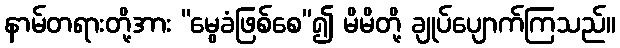
နာမ်တရားတို့အား “မွေခံဖြစ်စေ”၍ မိမိတို့ ချုပ်ပျောက်ကြသည်။